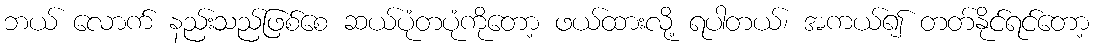
ဘယ် လောက် နည်းသည်ဖြစ်စေ ဆယ်ပုံတပုံကိုတော့ ဖယ်ထားလို့ ရပါတယ်၊ အကယ်၍ တတ်နိုင်ရင်တော့